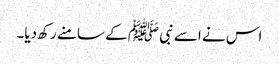
اس نے اسے نبی ﷺ کے سامنے رکھ دیا۔